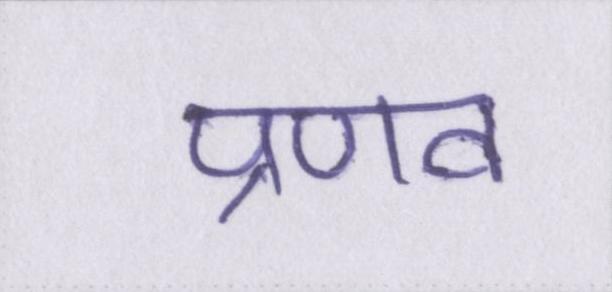
प्रणव